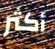
أكثر